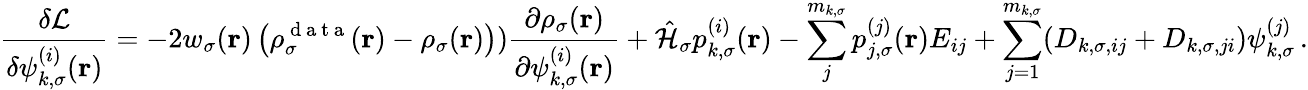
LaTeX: \frac{\delta\mathcal{L}}{\delta\psi_{k,\sigma}^{(i)}(\boldsymbol{\textbf{r}})}=-2w_{\sigma}(\boldsymbol{\textbf{r}})\left(\rho_{\sigma}^{\mathrm{~d~a~t~a~}}(\boldsymbol{\textbf{r}})-\rho_{\sigma}(\boldsymbol{\textbf{r}})\right))\frac{\partial\rho_{\sigma}(\boldsymbol{\textbf{r}})}{\partial\psi_{k,\sigma}^{(i)}(\boldsymbol{\textbf{r}})}+\hat{\mathcal{{H}}}_{\sigma}p_{k,\sigma}^{(i)}(\boldsymbol{\textbf{r}})-\sum_{j}^{m_{k,\sigma}}p_{j,\sigma}^{(j)}(\boldsymbol{\textbf{r}})E_{ij}+\sum_{j=1}^{m_{k,\sigma}}(D_{k,\sigma,ij}+D_{k,\sigma,ji})\psi_{k,\sigma}^{(j)}\, .